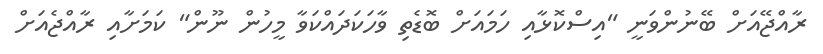
ރާއްޖޭއަށް ބޭނުންވަނީ "އިސްކޮޅާއި ހަމައަށް ބޮޑެތި ވާހަކަދައްކަވާ މީހުން ނޫން" ކަމަށާއި ރާއްޖެއަށް